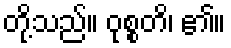
တို့သည်။ ဝုစ္စတိ၊ ၏။